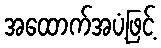
အထောက်အပံ့ဖြင့်